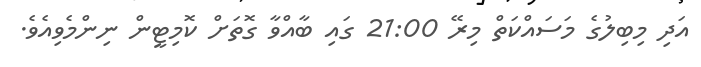
އަދި މިބިލުގެ މަސައްކަތް މިރޭ 21:00 ގައި ބާއްވާ ގޮތަށް ކޮމިޓީން ނިންމެވިއެވެ.